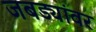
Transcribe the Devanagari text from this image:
जबड्यांवर